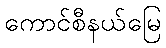
ကောင်စီနယ်မြေ